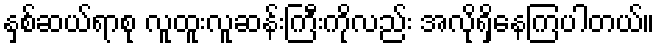
နှစ်ဆယ်ရာစု လူထူးလူဆန်းကြီးကိုလည်း အလိုရှိနေကြပါတယ်။